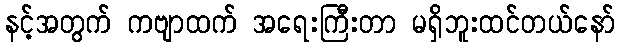
နင့်အတွက် ကဗျာထက် အရေးကြီးတာ မရှိဘူးထင်တယ်နော်